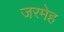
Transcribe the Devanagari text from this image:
जरमेह